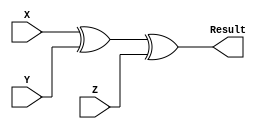
`timescale 1ns / 1ps
//////////////////////////////////////////////////////////////////////////////////
// Company: 
// Engineer: 
// 
// Design Name: 
// Module Name:    prygen 
// Project Name: 
// Target Devices: 
// Tool versions: 
// Description: 
//
// Dependencies: 
//
// Revision: 
// Revision 0.01 - File Created
// Additional Comments: 
//
//////////////////////////////////////////////////////////////////////////////////
module prygen(X, Y, Z, Result);
    input X;
    input Y;
    input Z;
    output Result;
	 assign Result=X^Y^Z;
	 
endmodule